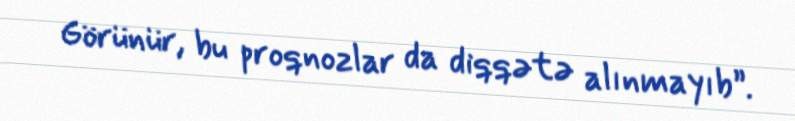
Görünür, bu proqnozlar da diqqətə alınmayıb”.